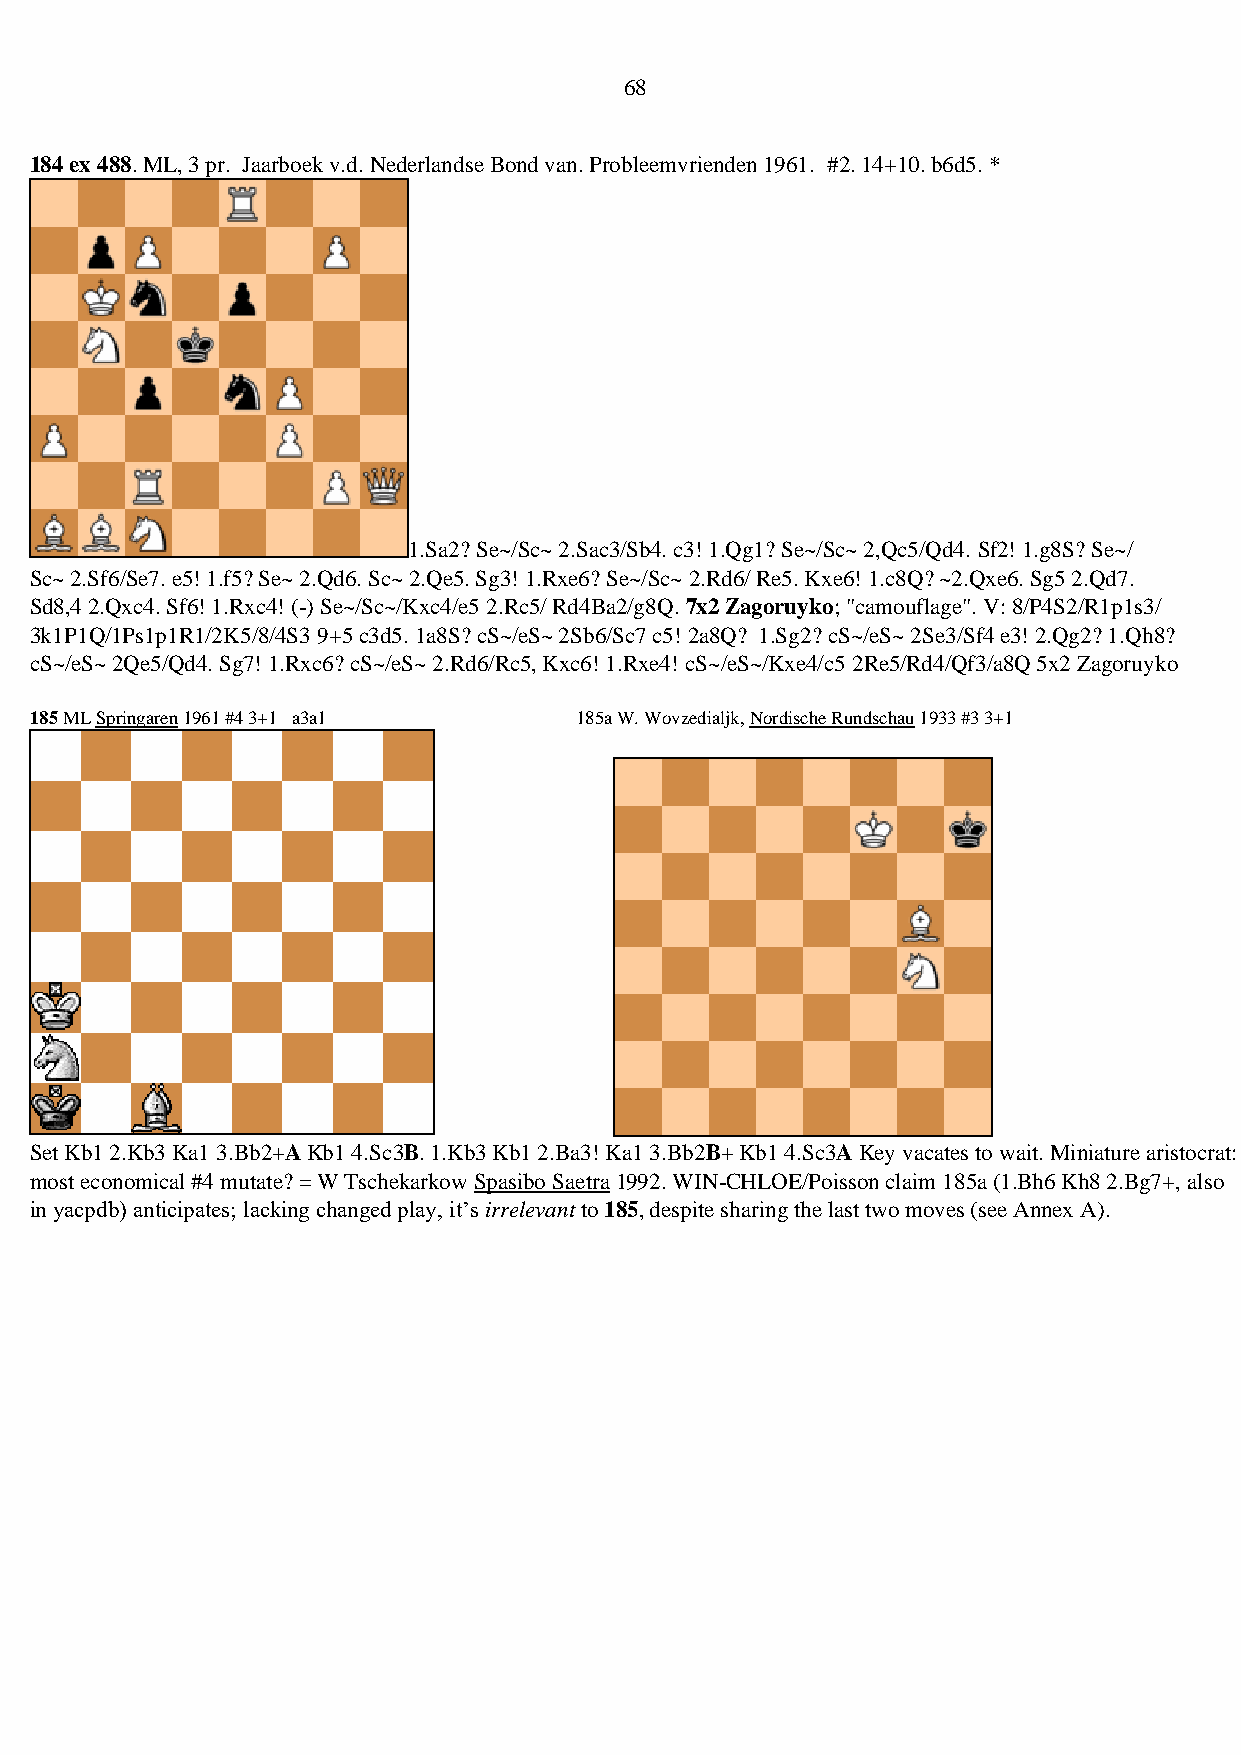
68
 184 ex 488. ML, 3 pr. Jaarboek v.d. Nederlandse Bond van. Probleemvrienden 1961. #2. 14+10. b6d5. *
 1.Sa2? Se~/Sc~ 2.Sac3/Sb4. c3! 1.Qg1? Se~/Sc~ 2,Qc5/Qd4. Sf2! 1.g8S? Se~/
 Sc~ 2.Sf6/Se7. e5! 1.f5? Se~ 2.Qd6. Sc~ 2.Qe5. Sg3! 1.Rxe6? Se~/Sc~ 2.Rd6/ Re5. Kxe6! 1.c8Q? ~2.Qxe6. Sg5 2.Qd7.
 Sd8,4 2.Qxc4. Sf6! 1.Rxc4! (-) Se~/Sc~/Kxc4/e5 2.Rc5/ Rd4Ba2/g8Q. 7x2 Zagoruyko; "camouflage". V: 8/P4S2/R1p1s3/
 3k1P1Q/1Ps1p1R1/2K5/8/4S3 9+5 c3d5. 1a8S? cS~/eS~ 2Sb6/Sc7 c5! 2a8Q? 1.Sg2? cS~/eS~ 2Se3/Sf4 e3! 2.Qg2? 1.Qh8?
 cS~/eS~ 2Qe5/Qd4. Sg7! 1.Rxc6? cS~/eS~ 2.Rd6/Rc5, Kxc6! 1.Rxe4! cS~/eS~/Kxe4/c5 2Re5/Rd4/Qf3/a8Q 5x2 Zagoruyko
 185 ML Springaren 1961 #4 3+1 a3a1  185a W. Wovzedialjk, Nordische Rundschau 1933 #3 3+1
 Set Kb1 2.Kb3 Ka1 3.Bb2+A Kb1 4.Sc3B. 1.Kb3 Kb1 2.Ba3! Ka1 3.Bb2B+ Kb1 4.Sc3A Key vacates to wait. Miniature aristocrat: most
 most economical #4 mutate? = W Tschekarkow Spasibo Saetra 1992. WIN-CHLOE/Poisson claim 185a (1.Bh6 Kh8 2.Bg7+, also
 in yacpdb) anticipates; lacking changed play, it’s irrelevant to 185, despite sharing the last two moves (see Annex A).